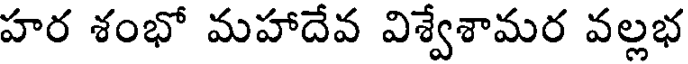
హర శంభో మహాదేవ విశ్వేశామర వల్లభ